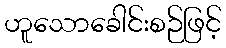
ဟူသောခေါင်းစဉ်ဖြင့်